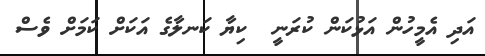
އަދި އެމީހުން އަޅުކަން ކުރަނީ  ކިޔާ ކަނލާގެ އަކަށް ކަމަށް ވެސް